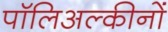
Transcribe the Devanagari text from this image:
पॉलिअल्कीनों